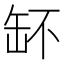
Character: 𦈧